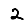
Digit: 2